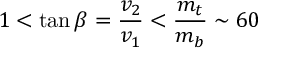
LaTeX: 1 < \tan \beta = \frac { v _ { 2 } } { v _ { 1 } } < \frac { m _ { t } } { m _ { b } } \sim 6 0